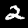
Digit: 2